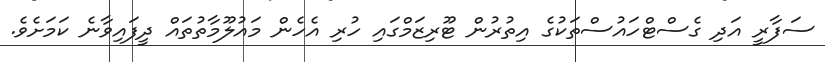
ސަފާރީ އަދި ގެސްޓްހައުސްތަކުގެ އިތުރުން ޓޫރިޒަމްގައި ހުރި އެހެން މައުލޫމާތުތައް ދީފައިވާނެ ކަމަށެވެ.